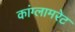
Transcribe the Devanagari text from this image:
कांग्लामरेट